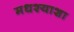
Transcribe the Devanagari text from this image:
मधश्याशा